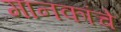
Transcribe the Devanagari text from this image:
मानकांचे